Document type: Sale
Year: 1323
Scribe: Guillem Coscoll
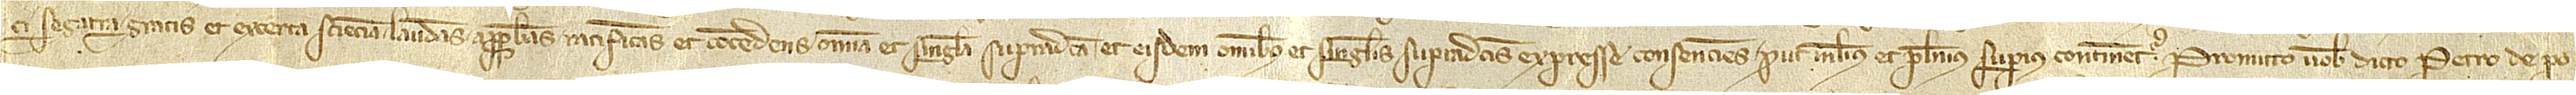
ci Segarra, gratis et ex certa sciencia laudans, approbans, ratificans et concedens omnia et singula supradicta et eisdem omnibus et singulis supradictis expresse consenciens, prout melius et plenius superius continentur, promitto vobis dicto Petro de Po-